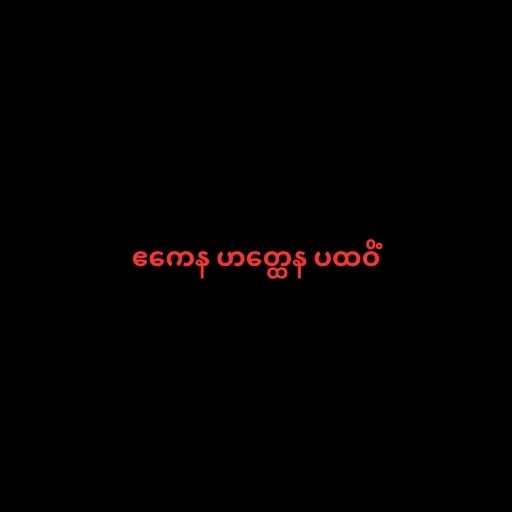
ဧကေန ဟတ္ထေန ပထဝိံ